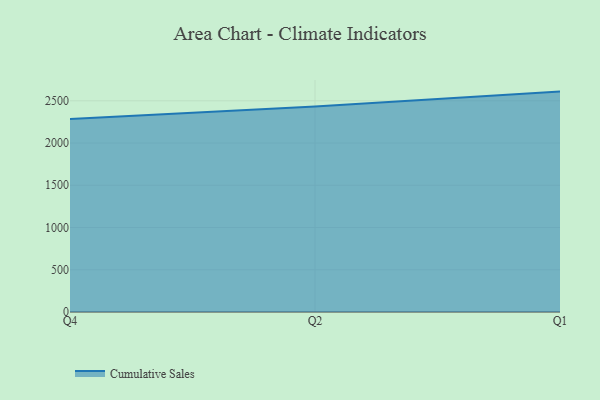
{"axis": {"x": "Quarter", "y": "Backlog"}, "legend": ["Cumulative Sales"], "data": [{"x": "Q4", "y": 2285.9, "type": "Cumulative Sales"}, {"x": "Q2", "y": 2432.7, "type": "Cumulative Sales"}, {"x": "Q1", "y": 2608.8, "type": "Cumulative Sales"}]}